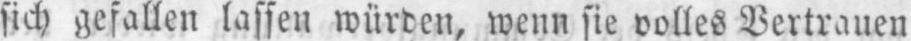
sich gefallen lassen würden, wenn sie volles Vertrauen